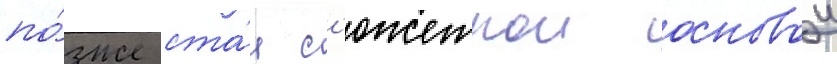
по́зже ста́л с'южетнои основои